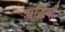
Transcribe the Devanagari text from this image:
ऋद्धियाँ